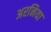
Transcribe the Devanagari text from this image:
अरनिया